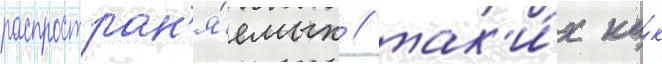
распростран'я́емых / так'и́х ка́к